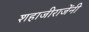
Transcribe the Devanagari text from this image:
शहाजीराजेंनी